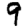
Digit: 9